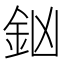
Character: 𨥍